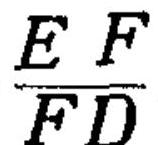
$\frac{EF}{FD}$